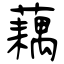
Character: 藕